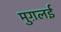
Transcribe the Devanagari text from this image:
मुग़लई